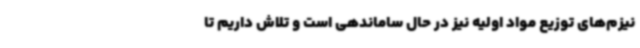
نیزم‌های توزیع مواد اولیه نیز در حال ساماندهی است و تلاش داریم تا